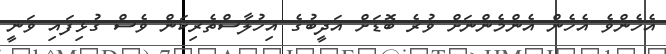
އެހެންވެ އެހެން އެންމެންނަށް ވުރެ ބޮޑަށް އަދީބުގެ އިހުލާސްތެރިކަން ވެސް ގުޅިފައި ވަނީ